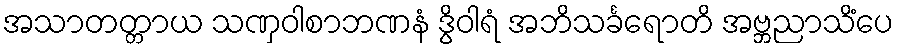
အသာတတ္တာယ သဏှဝါစာဘဏနံ ဒွိဝါရံ အဘိသင်္ခရောတိ အဗ္ဘညာသိံပေ